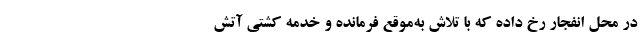
در محل انفجار رخ داده که با تلاش به‌موقع فرمانده و خدمه کشتی آتش